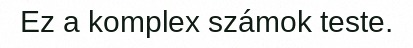
Ez a komplex számok teste.